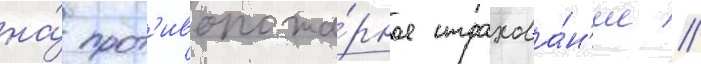
на́ прот'ивопожа́рное страхова́н'ие /